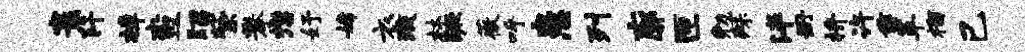
寰阡樟查昭紫攀懋妤嫦衣琉林蹶薇呼患列廓匝勉殊泮册拚许垂革榴己